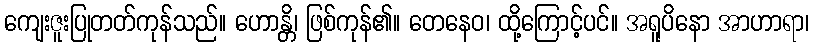
ကျေးဇူးပြုတတ်ကုန်သည်။ ဟောန္တိ၊ ဖြစ်ကုန်၏။ တေနေဝ၊ ထို့ကြောင့်ပင်။ အရူပိနော အာဟာရာ၊